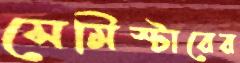
সেমিস্টারের